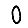
Digit: 0